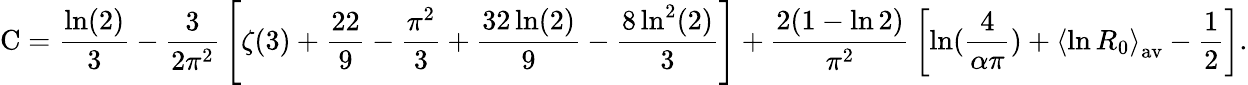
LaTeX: {\mathrm{C}}={\frac{\ln(2)}{3}}-{\frac{3}{2\pi^{2}}}\left[\zeta(3)+{\frac{22}{9}}-{\frac{\pi^{2}}{3}}+{\frac{32\ln(2)}{9}}-{\frac{8\ln^{2}(2)}{3}}\right]+{\frac{2(1-\ln 2)}{\pi^{2}}}\left[\ln({\frac{4}{\alpha\pi}})+\left\langle\ln R_{0}\right\rangle_{\mathrm{av}}-{\frac{1}{2}}\right].